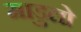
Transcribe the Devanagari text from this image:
माडुलो